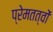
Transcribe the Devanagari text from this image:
प्रेमतत्वों